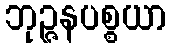
ဘုဉ္ဇနပစ္စယာ